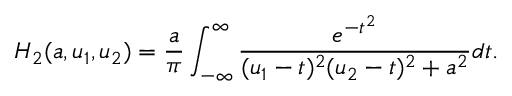
H _ { 2 } ( a , u _ { 1 } , u _ { 2 } ) = { \frac { a } { \pi } } \int _ { - \infty } ^ { \infty } { \frac { e ^ { - t ^ { 2 } } } { ( u _ { 1 } - t ) ^ { 2 } ( u _ { 2 } - t ) ^ { 2 } + a ^ { 2 } } } d t .